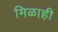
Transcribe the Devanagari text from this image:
मिळाही